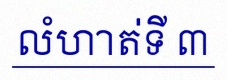
លំហាត់ទី ៣